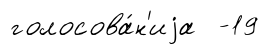
голосова́н'иjа -19